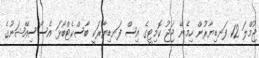
ޖުމްލަ 12 ފަނޑިޔާރުން ހިމެނޭ ޖަޖު ކޮމިޓީގެ އިސް ފަނޑިޔާރަކީ ބާސްކެޓްބޯޅަ އެސޯސިއޭޝަނުގެ